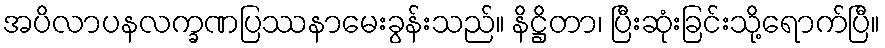
အပိလာပနလက္ခဏပြဿနာမေးခွန်းသည်။ နိဋ္ဌိတာ၊ ပြီးဆုံးခြင်းသို့ရောက်ပြီ။